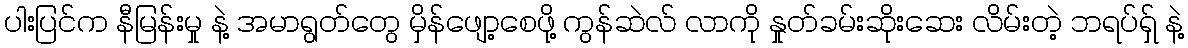
ပါးပြင်က နီမြန်းမှု နဲ့ အမာရွတ်တွေ မှိန်ဖျော့စေဖို့ ကွန်ဆဲလ် လာကို နှုတ်ခမ်းဆိုးဆေး လိမ်းတဲ့ ဘရပ်ရှ် နဲ့